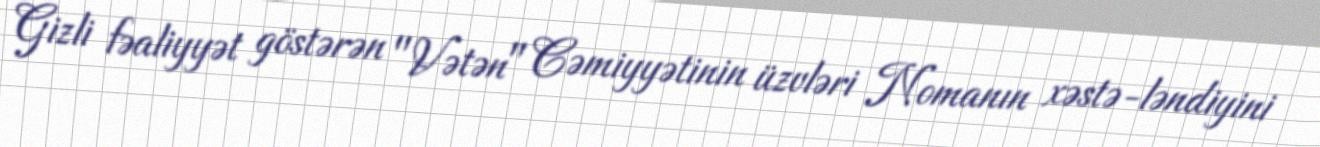
Gizli fəaliyyət göstərən "Vətən" Cəmiyyətinin üzvləri Nomanın xəstə-ləndiyini